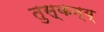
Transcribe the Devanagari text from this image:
तुस्कन्य्